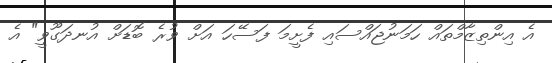
އެ އިންތިޒާމްތައް ހަމަނުޖައްސައި ފެށީމަ ފަސޭހަ އަށް ވުރެ ބޮޑަށް އުނދަގޫވީ" އެ